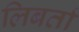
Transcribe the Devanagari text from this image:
लिबर्ता